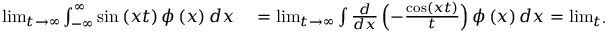
\begin{array} { r l } { \operatorname* { l i m } _ { t \rightarrow \infty } \int _ { - \infty } ^ { \infty } \sin \left( x t \right) \phi \left( x \right) d x } & { { } = \operatorname* { l i m } _ { t \rightarrow \infty } \int \frac { d } { d x } \left( - \frac { \cos \left( x t \right) } { t } \right) \phi \left( x \right) d x = \operatorname* { l i m } _ { t \rightarrow \infty } \frac { 1 } { t } \int \cos \left( x t \right) \phi _ { x } \left( x \right) d x = \operatorname* { l i m } _ { t \rightarrow \infty } \frac { C } { t } = 0 } \end{array}